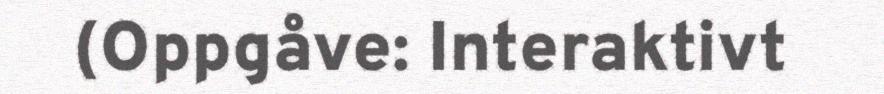
(Oppgåve: Interaktivt